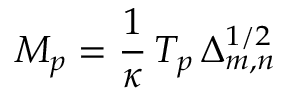
M _ { p } = \frac { 1 } { \kappa } \, T _ { p } \, \Delta _ { m , n } ^ { 1 / 2 }